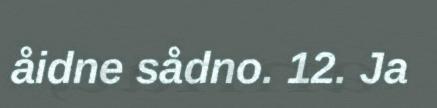
åidne sådno. 12. Ja